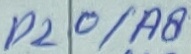
Text: P20/A8